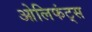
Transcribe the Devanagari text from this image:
ओलिफंट्स